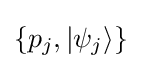
\{p_{j},|\psi _{j}\rangle \}